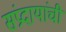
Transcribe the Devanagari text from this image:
संप्रदायांची